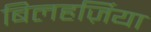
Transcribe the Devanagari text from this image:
बिलहर्ज़िया